Vaccination in the Punjab 1905-1918 - 1905-1918
Year: 1905
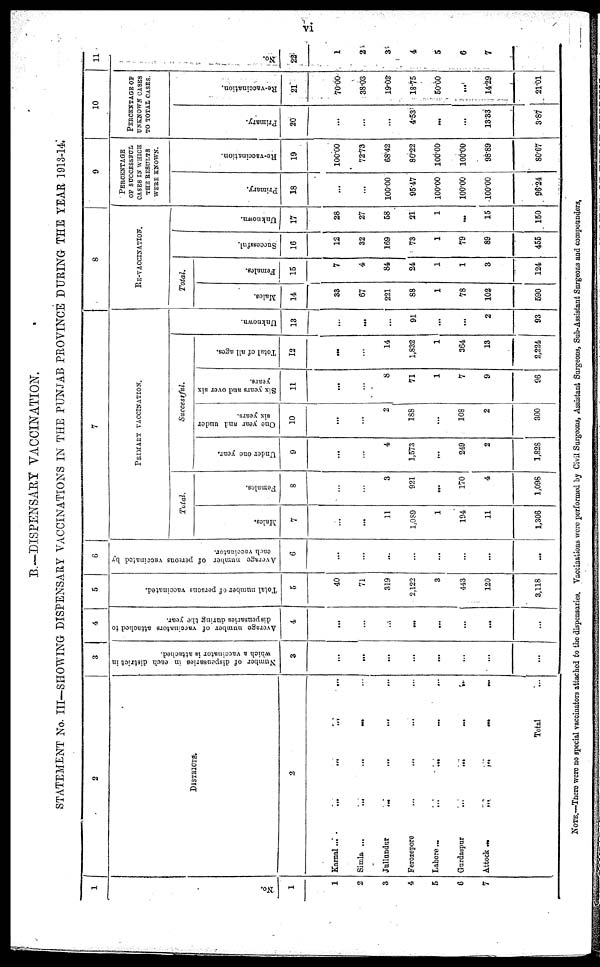
vi
B.—DISPENSARY VACCINATION.
STATEMENT No. III—SHOWING DISPENSARY VACCINATIONS IN THE PUNJAB PROVINCE DURING THE YEAR 1913-14.
1
No.
1
1
2
3
4
5
6
7
2
DISTRICTS.
2
Karnal ...
...
...
...
...
Simla ...
...
...
... ...
Jullundur
...
...
... ...
Ferozepore
...
... ... ...
Lahore ...
...
...
...
...
Gurdaspur
...
...
...
...
Attock
...
...
...
...
...
Total ...
3
Number of dispensaries in each district in
which a vaccinator is attached.
3
...
...
...
...
...
...
...
...
4
Average number of vaccinators attached to
dispensaries during the year.
4
...
...
...
...
...
...
...
...
5
Total number of persons vaccinated.
5
40
71
319
2,122
3
443
120
3,118
6
Average number of persons vaccinated by
each vaccinator.
6
...
...
...
...
...
...
...
...
7
PRIMARY VACCINATION.
Total.
Males.
7
...
...
11
1,089
1
194
11
1,306
Females.
8
...
...
3
921
...
170
4
1,098
Successful.
Under one year.
9
...
...
4
1,573
...
249
2
1,828
O ne year and under
six years.
10
...
...
2
188
...
108
2
300
Six years and over six
years.
11
...
...
8
71
1
7
9
96
Total of all ages.
12
...
...
14
1,832
1
364
13
2,224
Unknown.
13
...
...
...
91
...
...
2
93
8
RE-VACCINATION.
Total.
Males.
14
33
67
221
88
1
78
102
590
Females.
15
7
4
84
24
1
1
3
124
Succes s f ul .
16
12
32
169
73
1
79
89
455
Un k n o wn .
17
28
27
58
21
1
...
15
150
9
PERCENTAGE
OF SUCCESSFUL
CASES IN WHICH
THE RESULTS
WERE KNOWN.
Pr i
mar y.
18
...
...
100.00
95.47
100.00
100.00
100.00
96.24
Re -
va c c i
na t
i
on.
19
100.00
72.73
68.42
80.22
100.00
100.00
98.89
80.67
10
PERCENTAGE OF
UNKNOWN CASES
TO TOTAL CASES.
Pr i
mar y.
20
...
...
...
4.53
...
...
13.33
3.87
Re -
va c c i
na t
i
on.
21
70.00
38.03
19.02
18.75
50.00
...
14.29
21.01
11
No.
22
1
2
3
4
5
6
7
NOTE.—There were no special vaccinators attached to the dispensaries. Vaccinations were performed by Civil Surgeons, Assistant Surgeons, Sub-Assistant Surgeons and compounders.